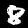
Digit: 8